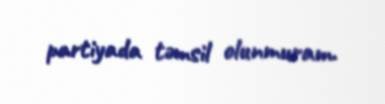
partiyada təmsil olunmuram.